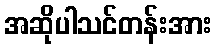
အဆိုပါသင်တန်းအား